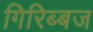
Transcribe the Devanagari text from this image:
गिरिब्बज